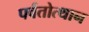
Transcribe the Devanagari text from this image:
पर्वतोत्‍थान